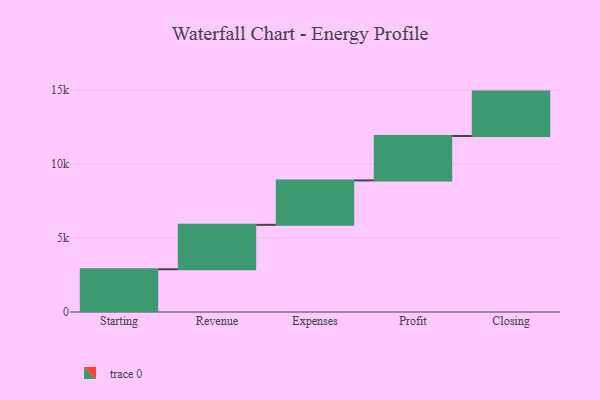
{"axis": {"x": "Step", "y": "Value"}, "legend": [""], "data": [{"x": "Starting", "y": 2888.0, "type": ""}, {"x": "Revenue", "y": 3000, "type": ""}, {"x": "Expenses", "y": 3000, "type": ""}, {"x": "Profit", "y": 3000, "type": ""}, {"x": "Closing", "y": 3000, "type": ""}]}